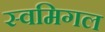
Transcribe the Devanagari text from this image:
स्वमिगल